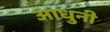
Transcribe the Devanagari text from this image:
आधुनी